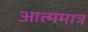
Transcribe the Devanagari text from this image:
आत्ममात्र